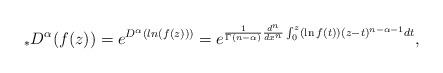
LaTeX: \begin{align*}{}_{\ast }D^{\alpha }(f(z))=e^{D^{\alpha }(ln(f(z)))}=e^{\frac{1}{\Gamma(n-\alpha )}\frac{d^{n}}{dx^{n}}\int_{0}^{z}(\ln f(t))(z-t)^{n-\alpha -1}dt},\end{align*}